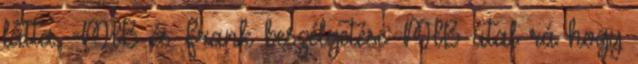
látta. -MIB és Frank beszélgetése: MIB utal rá hogy